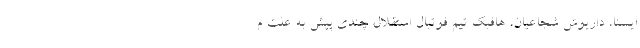
ایسنا، داریوش شجاعیان، هافبک تیم فوتبال استقلال چندی پیش به علت م